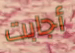
أجابت